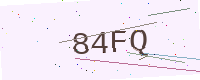
Text: 84FQ